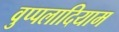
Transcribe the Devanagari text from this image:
वुप्पलादियाम